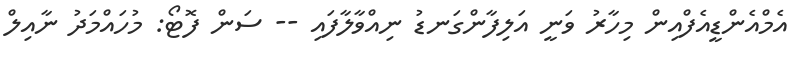
އެމްއެންޑީއެފްއިން މިހާރު ވަނީ އަލިފާންގަނޑު ނިއްވާލާފައި -- ސަން ފޮޓޯ: މުހައްމަދު ނާއިލް